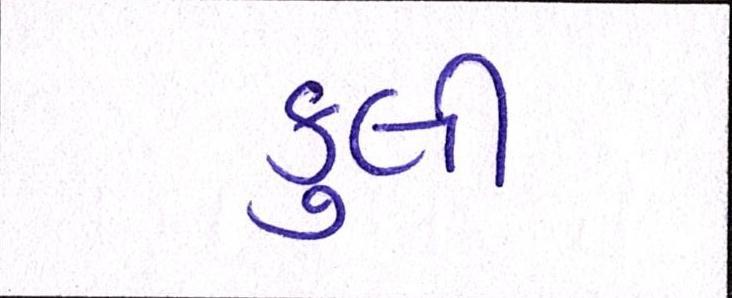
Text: કુલી